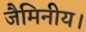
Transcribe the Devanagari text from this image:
जैमिनीय।